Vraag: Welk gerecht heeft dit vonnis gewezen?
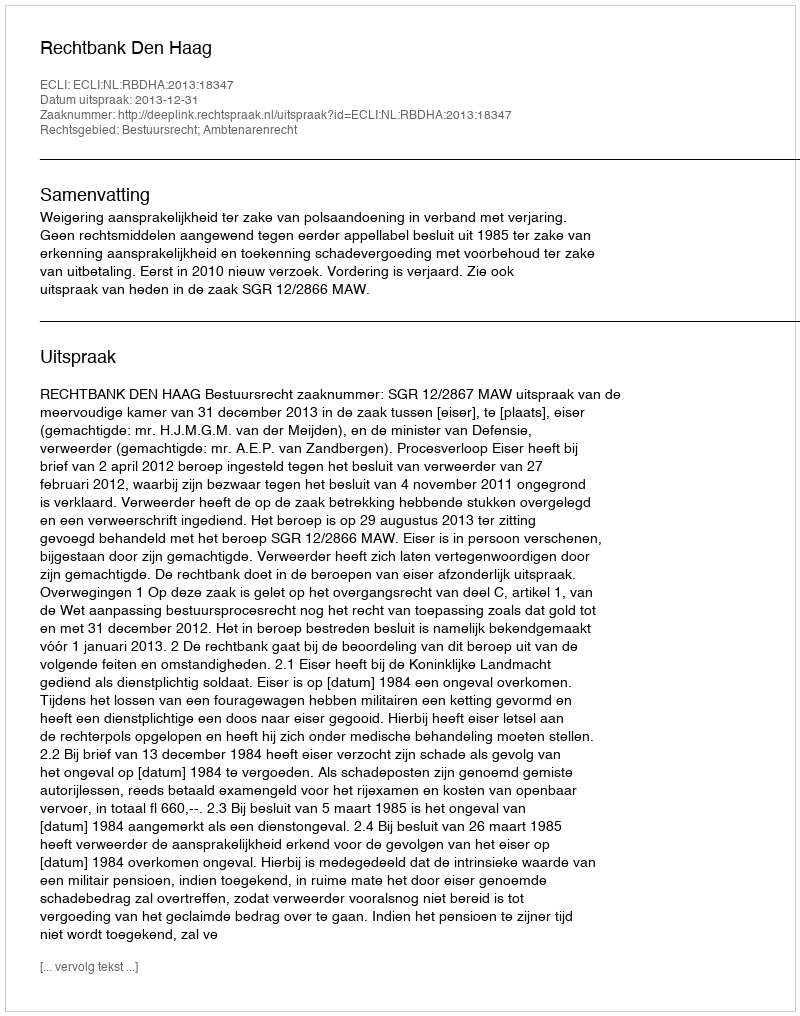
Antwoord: Rechtbank Den Haag